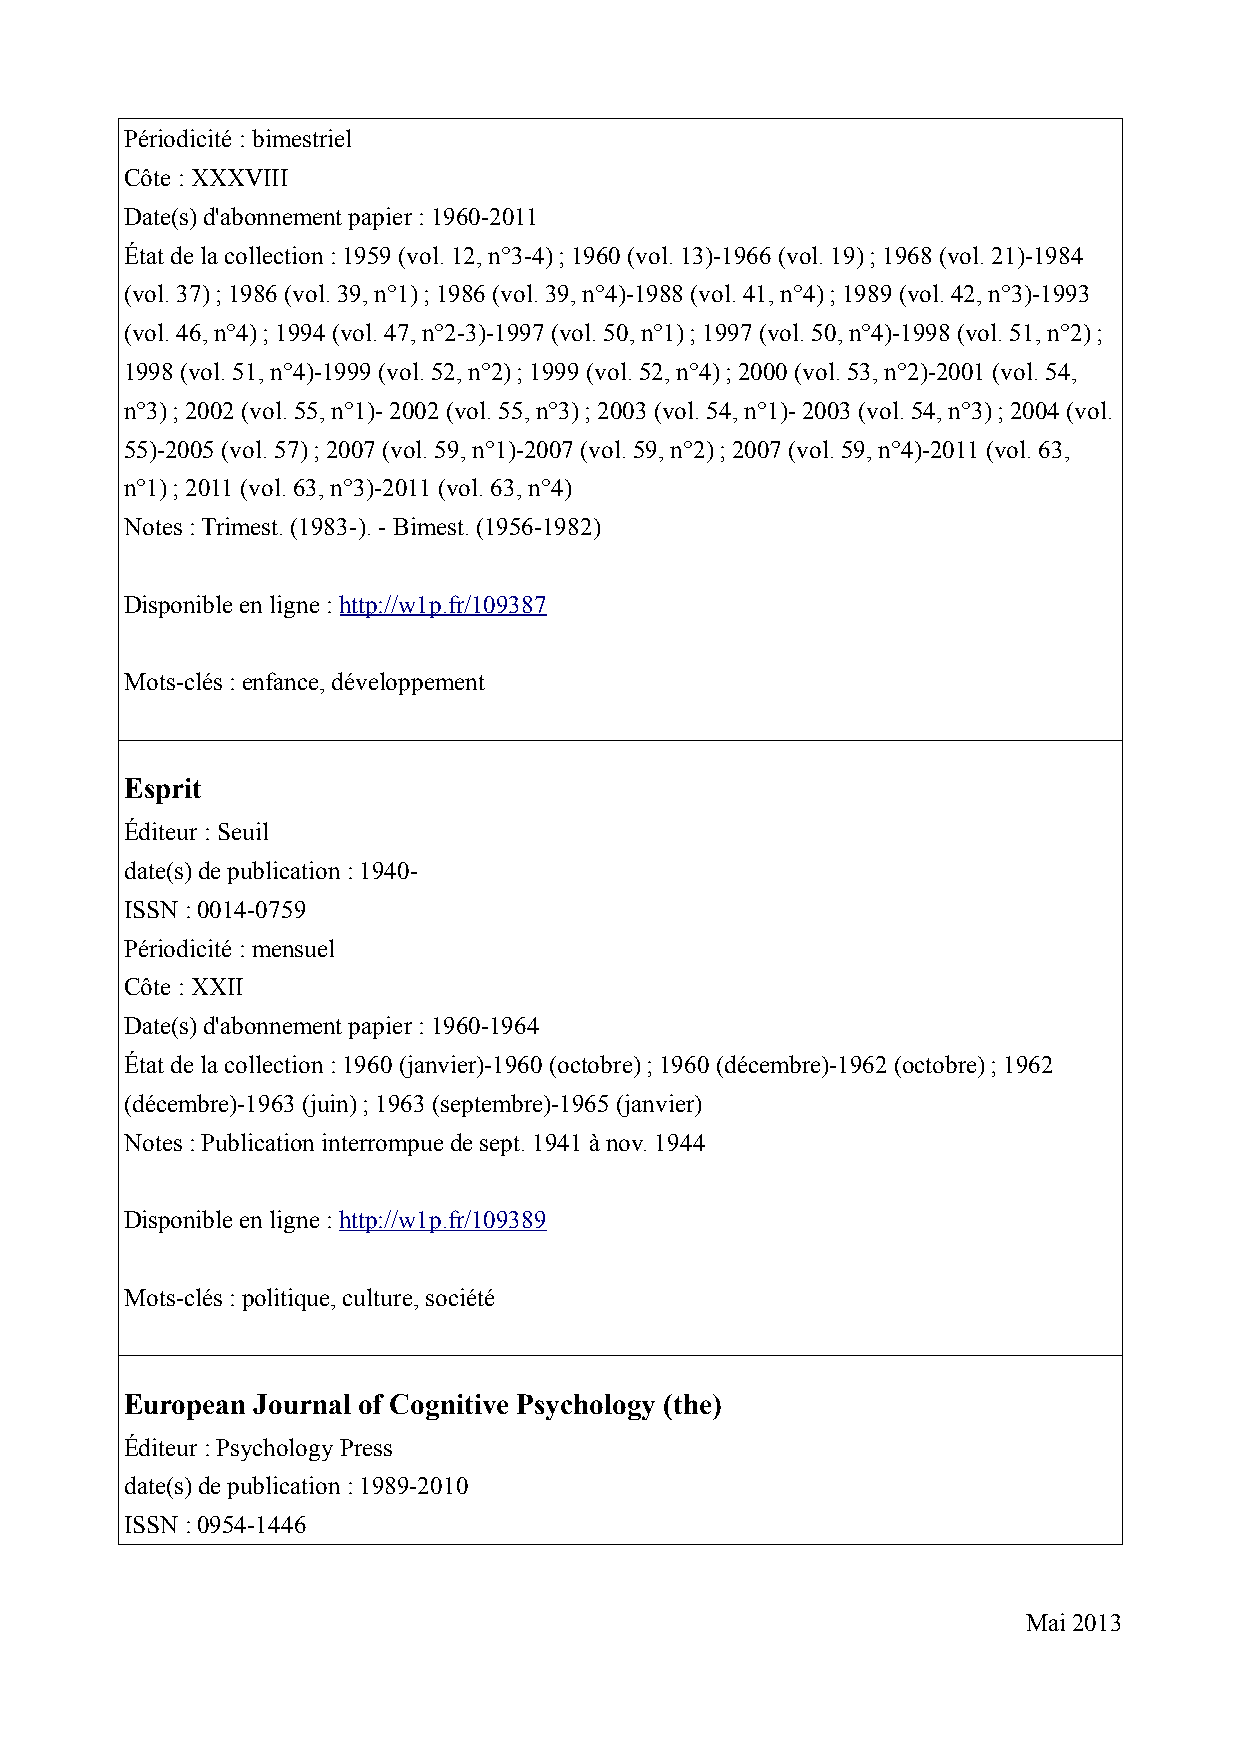
Périodicité : bimestriel
 Côte : XXXVIII
 Date(s) d'abonnement papier : 1960-2011
 État de la collection : 1959 (vol. 12, n°3-4) ; 1960 (vol. 13)-1966 (vol. 19) ; 1968 (vol. 21)-1984
 (vol. 37) ; 1986 (vol. 39, n°1) ; 1986 (vol. 39, n°4)-1988 (vol. 41, n°4) ; 1989 (vol. 42, n°3)-1993
 (vol. 46, n°4) ; 1994 (vol. 47, n°2-3)-1997 (vol. 50, n°1) ; 1997 (vol. 50, n°4)-1998 (vol. 51, n°2) ;
 1998 (vol. 51, n°4)-1999 (vol. 52, n°2) ; 1999 (vol. 52, n°4) ; 2000 (vol. 53, n°2)-2001 (vol. 54,
 n°3) ; 2002 (vol. 55, n°1)- 2002 (vol. 55, n°3) ; 2003 (vol. 54, n°1)- 2003 (vol. 54, n°3) ; 2004 (vol.
 55)-2005 (vol. 57) ; 2007 (vol. 59, n°1)-2007 (vol. 59, n°2) ; 2007 (vol. 59, n°4)-2011 (vol. 63,
 n°1) ; 2011 (vol. 63, n°3)-2011 (vol. 63, n°4)
 Notes : Trimest. (1983-). - Bimest. (1956-1982)
 Disponible en ligne : http://w1p.fr/109387
 Mots-clés : enfance, développement
 Esprit
 Éditeur : Seuil
 date(s) de publication : 1940-
 ISSN : 0014-0759
 Périodicité : mensuel
 Côte : XXII
 Date(s) d'abonnement papier : 1960-1964
 État de la collection : 1960 (janvier)-1960 (octobre) ; 1960 (décembre)-1962 (octobre) ; 1962
 (décembre)-1963 (juin) ; 1963 (septembre)-1965 (janvier)
 Notes : Publication interrompue de sept. 1941 à nov. 1944
 Disponible en ligne : http://w1p.fr/109389
 Mots-clés : politique, culture, société
 European Journal of Cognitive Psychology (the)
 Éditeur : Psychology Press
 date(s) de publication : 1989-2010
 ISSN : 0954-1446
 Mai 2013